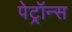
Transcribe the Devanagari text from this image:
पेट्रॉन्स